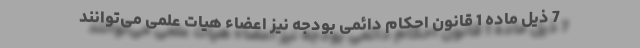
7 ذیل ماده 1 قانون احکام دائمی بودجه نیز اعضاء هیات علمی می‌‌توانند